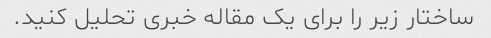
ساختار زیر را برای یک مقاله خبری تحلیل کنید.